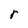
Character: r